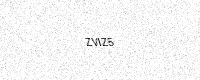
Text: ZVIZ5